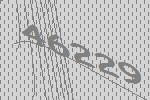
46229